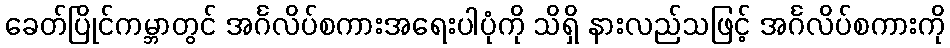
ခေတ်ပြိုင်ကမ္ဘာတွင် အင်္ဂလိပ်စကားအရေးပါပုံကို သိရှိ နားလည်သဖြင့် အင်္ဂလိပ်စကားကို